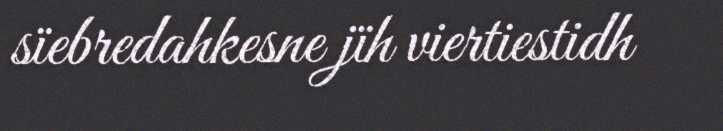
sïebredahkesne jïh viertiestidh